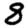
Digit: 8